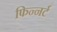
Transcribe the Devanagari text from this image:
फिन्नर्ट